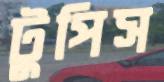
টুপিস